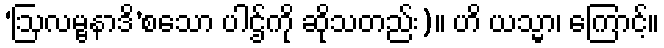
‘ဩလမ္ဗနာဒိ’စသော ပါဌ်ကို ဆိုသတည်း)။ ဟိ ယသ္မာ၊ ကြောင့်။